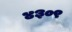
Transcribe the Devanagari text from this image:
४३०९